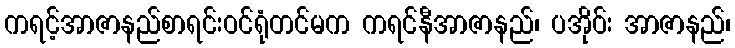
ကရင့်အာဇာနည်စာရင်းဝင်ရုံတင်မက ကရင်နီအာဇာနည်၊ ပအိုဝ်း အာဇာနည်၊